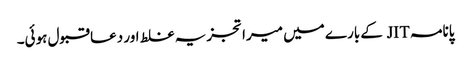
پانامہ JIT کے بارے میں میرا تجزیہ غلط اور دعا قبول ہوئی۔